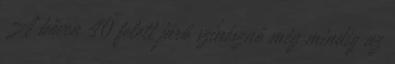
A bőven 40 felett járó színésznő még mindig az